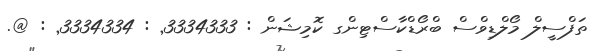
ތަފްސީލް މޯލްޑިވްސް ބްރޯޑްކާސްޓިންގ ކޮމިޝަން : 3334333